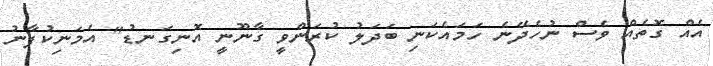
އެއް ގޮތެއް ވެސް ނުހެދޭނެ ހަމައެކަނި ބަދަލު ކުރަންވީ ގާނޫނީ އޮނިގަނޑު" އެމަނިކުފާނު